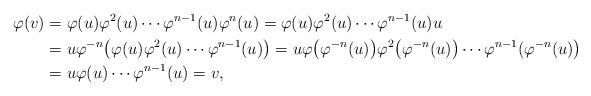
LaTeX: \begin{align*}\varphi(v)&= \varphi(u)\varphi^2(u)\cdots\varphi^{n-1}(u) \varphi^{n}(u)= \varphi(u)\varphi^2(u)\cdots\varphi^{n-1}(u) u\\&=u\varphi^{-n}\big(\varphi(u)\varphi^2(u)\cdots\varphi^{n-1}(u) \big)=u\varphi\big(\varphi^{-n}(u)\big)\varphi^2\big(\varphi^{-n}(u)\big)\cdots\varphi^{n-1}(\varphi^{-n}(u)\big)\\&=u\varphi(u)\cdots\varphi^{n-1}(u)=v,\end{align*}